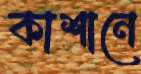
কাশানে